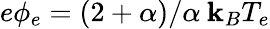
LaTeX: e\phi_{e}=(2+\alpha)/\alpha\: \mathbf{k}_{B}T_{e}